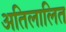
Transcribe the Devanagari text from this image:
अतिलालित